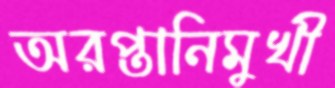
অরপ্তানিমুখী